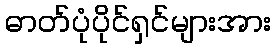
ဓာတ်ပုံပိုင်ရှင်များအား